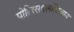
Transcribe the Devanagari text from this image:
पोलिसदलांशिवाय